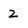
Character: Z